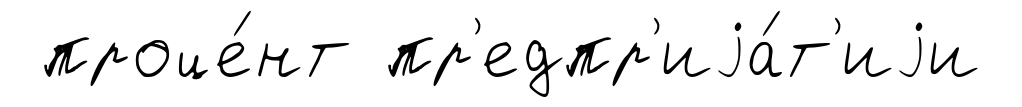
проце́нт пр'едпр'иjа́т'иjи